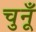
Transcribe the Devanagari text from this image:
चुनूँ